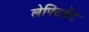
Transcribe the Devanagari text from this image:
लेफ्टिडेंट